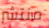
منتشر